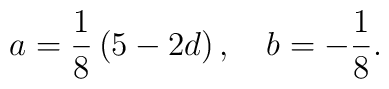
a=\frac{1}{8}\left( 5-2d\right) ,\quad b=-\frac{1}{8}.